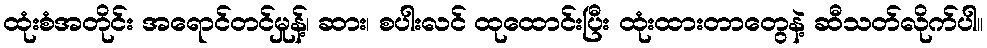
ထုံးစံအတိုင်း အရောင်တင်မှုန့်၊ ဆား၊ စပါးလင် ထုထောင်းပြီး ထုံးထားတာတွေနဲ့ ဆီသတ်လိုက်ပါ။